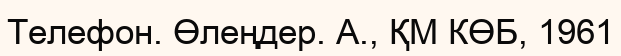
Телефон. Өлеңдер. А., ҚМ КӨБ, 1961